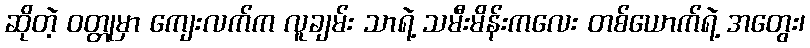
ဆိုတဲ့ ဝတ္တုမှာ ကျေးလက်က လူချမ်း သာရဲ့ သမီးမိန်းကလေး တစ်ယောက်ရဲ့ အတွေး၊